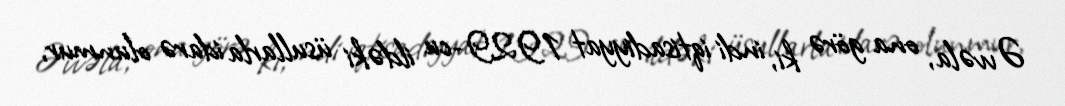
Əvvəla, ona görə ki, indi iqtisadiyyat 1929-cu ildəki üsullarla idarə olunmur,